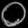
Digit: ၀